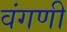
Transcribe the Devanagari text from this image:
वंगणी